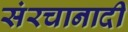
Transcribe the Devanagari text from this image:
संरचानादी